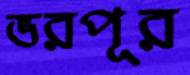
ভরপূর